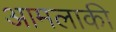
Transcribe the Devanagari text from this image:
आमलाकी